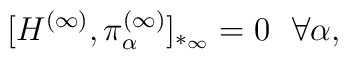
[ H^{(\infty)}, \pi_\alpha^{(\infty)} ]_{*_\infty} = 0 ~~ \forall \alpha ,